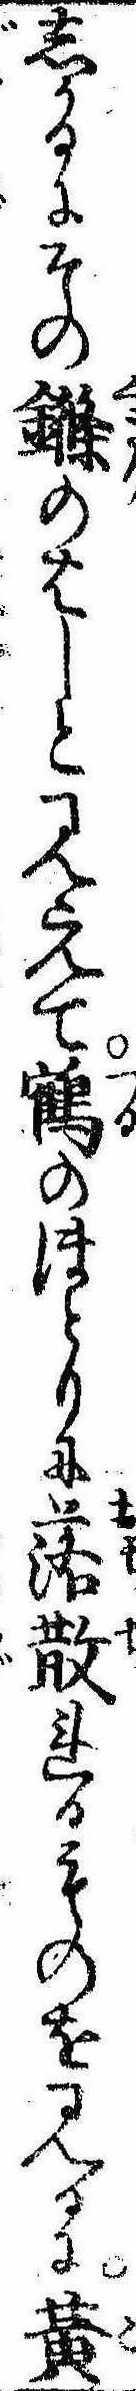
しかるにそののはしと見えて鶴のほとりに落散れるものを見るに黄